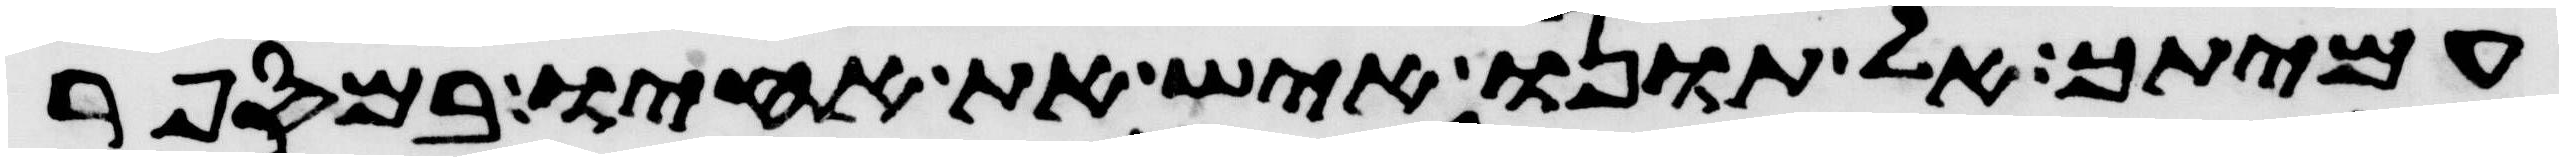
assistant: עמיתך אל תונו איש את אחיו במספר